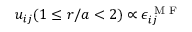
u _ { i j } ( 1 \le r / a < 2 ) \propto \epsilon _ { i j } ^ { \mathrm { ~ M ~ F ~ } }